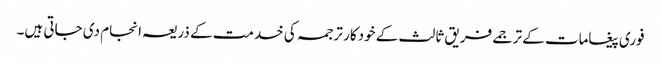
فوری پیغامات کے ترجمے فریق ثالث کے خودکار ترجمہ کی خدمت کے ذریعہ انجام دی جاتی ہیں۔